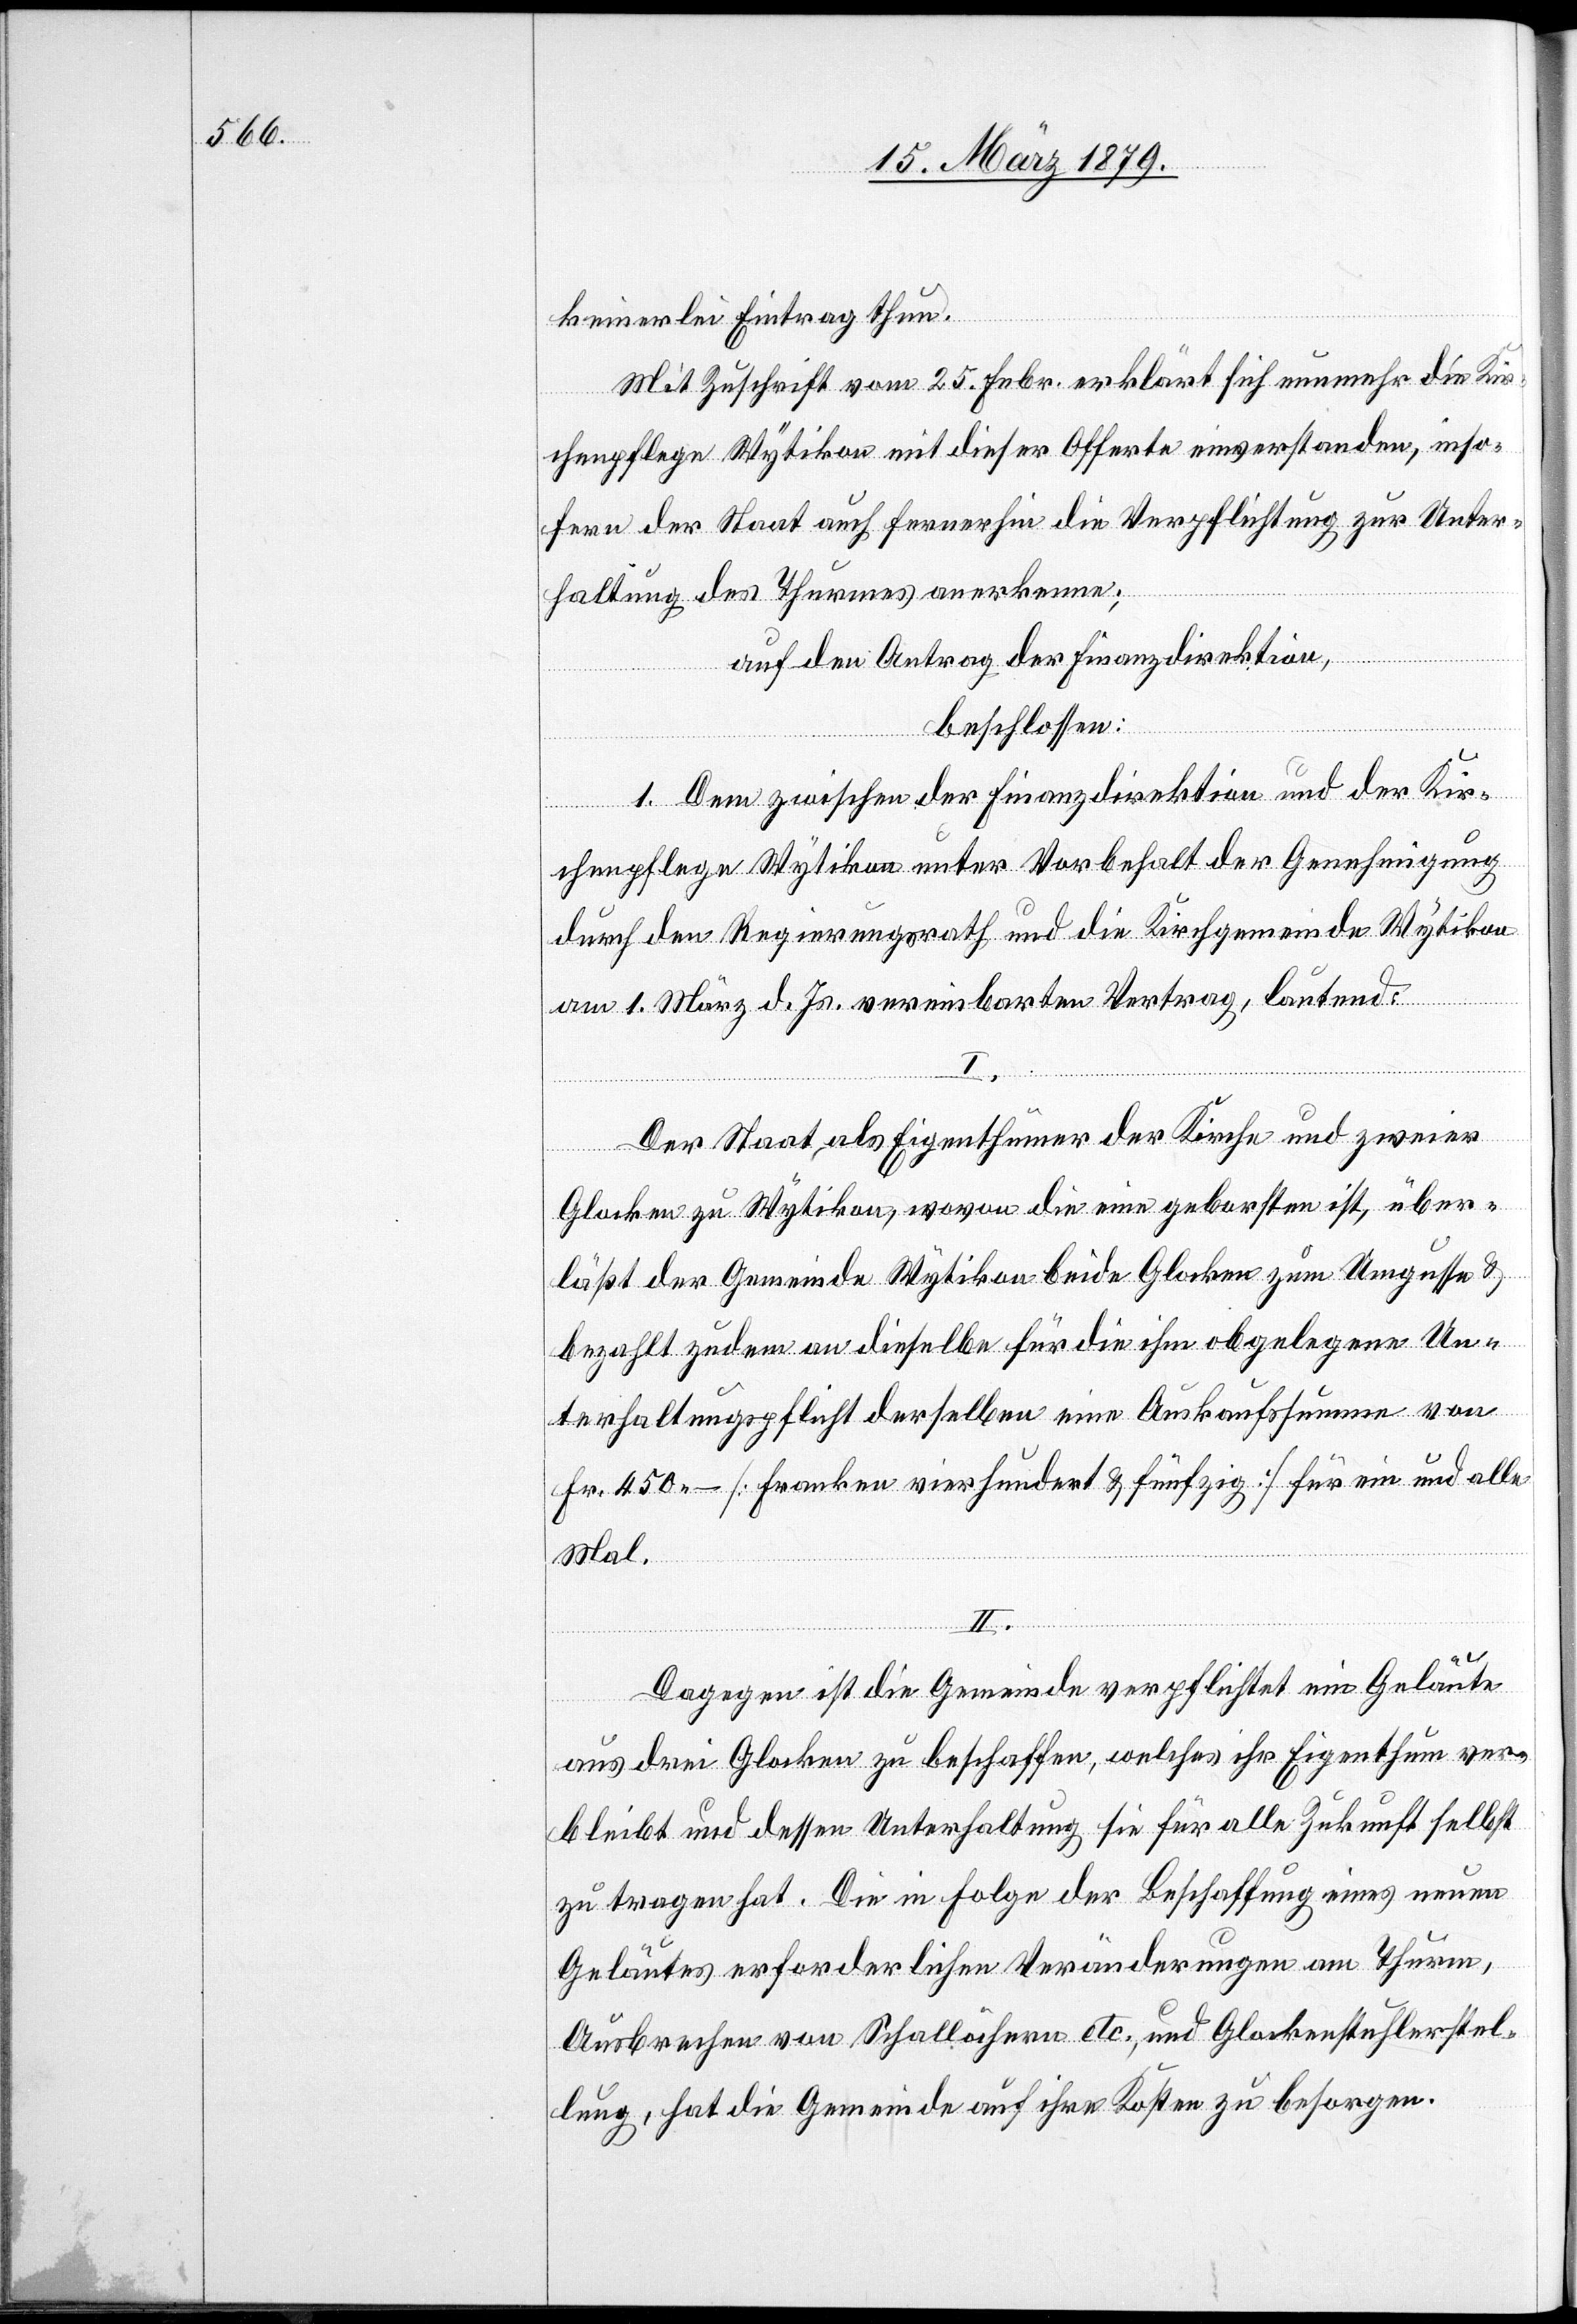
keinerlei Eintrag thun.
Mit Zuschrift vom 25. Febr. erklärt sich nunmehr die Kir¬
chenpflege Wytikon mit dieser Offerte einverstanden, inso¬
fern der Staat auch fernerhin die Verpflichtung zur Unter¬
haltung des Thurmes anerkenne;
auf den Antrag der Finanzdirektion,
beschlossen:
1. Dem zwischen der Finanzdirektion und der Kir¬
chenpflege Wytikon unter Vorbehalt der Genehmigung
durch den Regierungsrath und die Kirchgemeinde Wytikon
am 1. März d. Js. vereinbarten Vertrag, lautend:
I.
Der Staat, als Eigenthümer der Kirche und zweier
Glocken zu Wytikon, wovon die eine geborsten ist, über¬
läßt der Gemeinde Wytikon beide Glocken zum Umgusse &
bezahlt zudem an dieselbe für die ihm obgelegene Un¬
terhaltungspflicht derselben eine Auskaufssumme von
Fr. 450.– [Franken vierhundert & fünfzig] für ein und alle
Mal.
II.
Dagegen ist die Gemeinde verpflichtet ein Geläute
aus drei Glocken zu beschaffen, welches ihr Eigenthum ver¬
bleibt und dessen Unterhaltung sie für alle Zukunft selbst
zu tragen hat. Die in Folge der Beschaffung eines neuen
Geläutes erforderlichen Veränderungen am Thurm,
Ausbrechen von Schallöchern etc., und Glockenstuhlerstel¬
lung, hat die Gemeinde auf ihre Kosten zu besorgen.